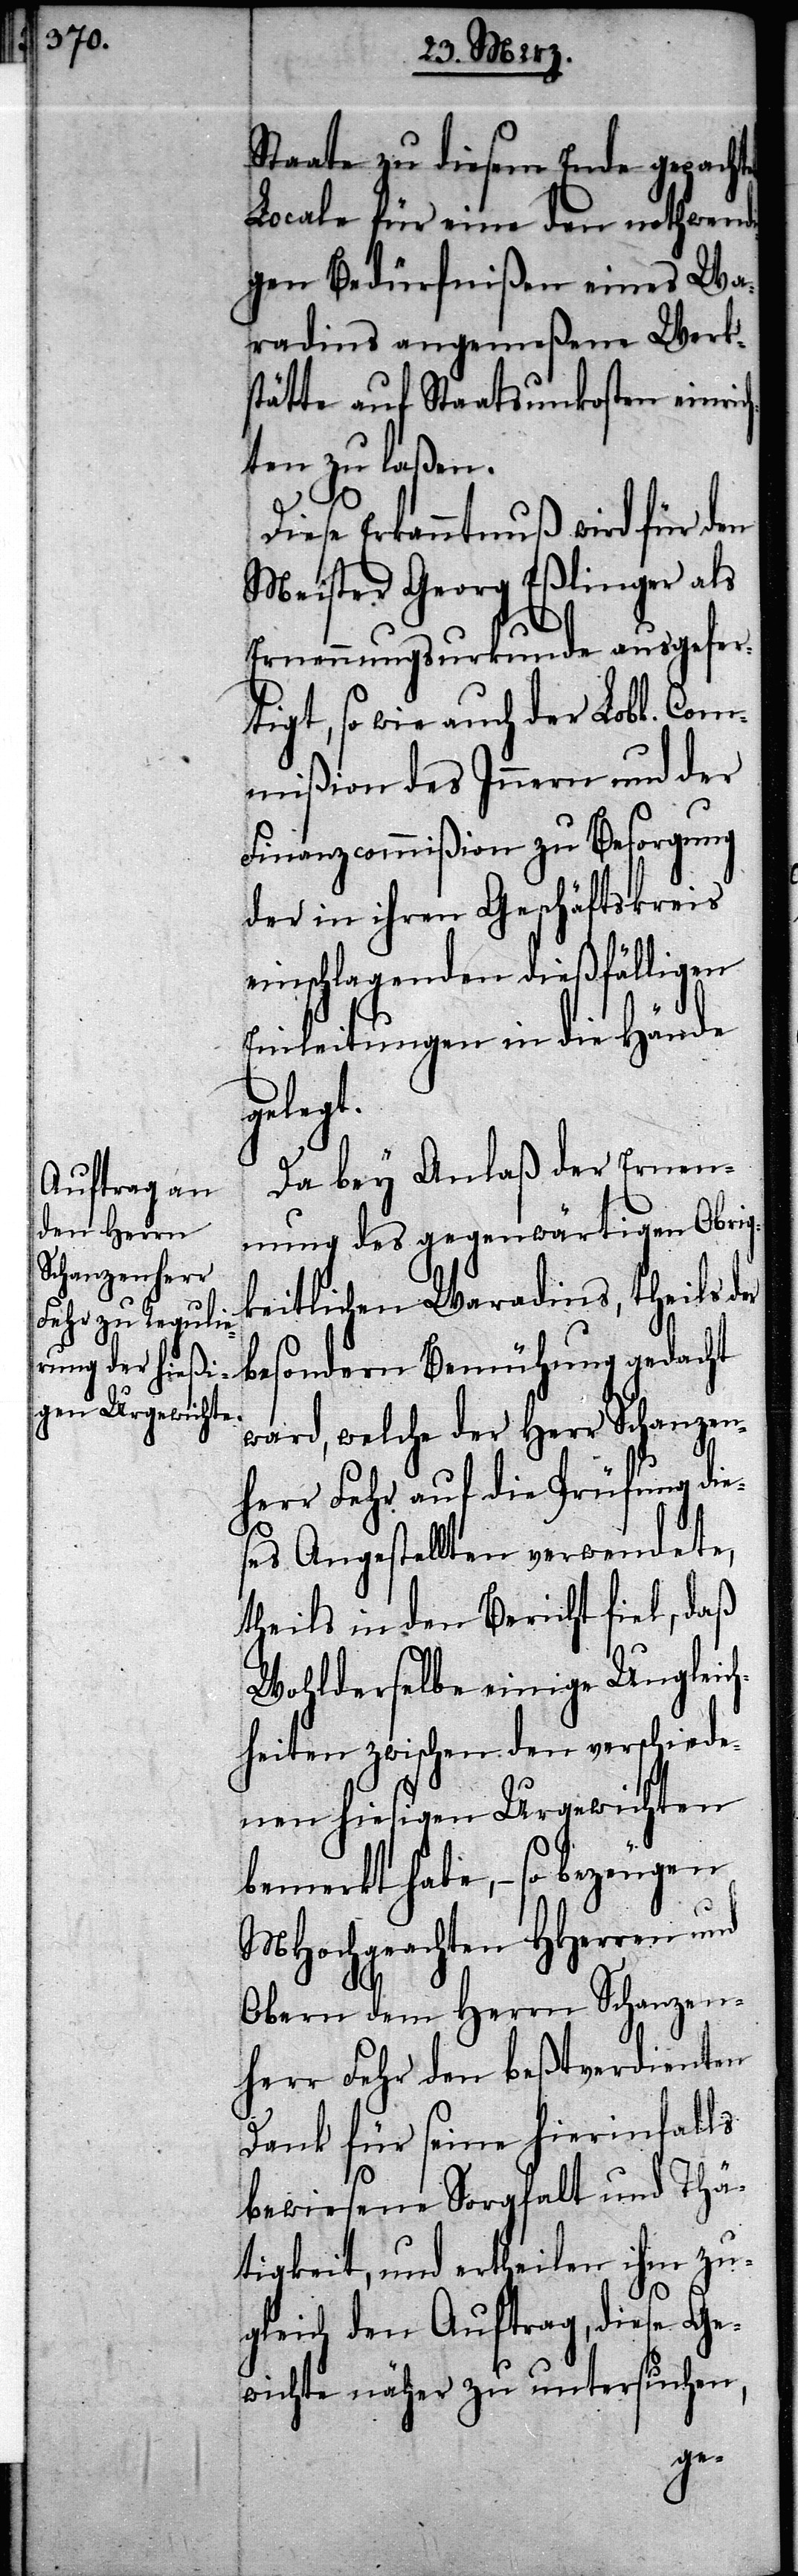
Staate zu diesem Ende gepacht¬
Locale für eine den nothwendi¬
gen Bedürfniße eines Wa¬
radins angemeßene Werk¬
stätte auf Staatsunkosten einric¬
hten zu laßen.
Diese Erkanntnuß wird für den
Meister Georg Eßlinger als
Ernennungsurkunde ausgefer¬
tigt, so wie auch der Lobl. Com¬
mißion des Innern und der
Finanzcommißion zu Besorgung
der in ihren Geschäftskreis
einschlagenden dießfälligen
Einleitungen in die Hände
gedacht
Da bey Anlaß der Ernen¬
nung des gegenwärtigen Obrig¬
keitlichen Waradins, theils der
ward, welche der Herr Schanzen¬
herr Fehr auf die Prüfung die¬
ses Angestellten verwendete,
theils in den Bericht fiel, daß
Wohlderselbe einige Ungleic¬
hheiten zwischen den verschiede¬
nen hiesigen Urgewichten
bemerkt habe, – so bezeugen
MHochgeachten HHerren und
Obern dem Herrn Schanzen¬
herr Fehr den beßtverdienten
Dank für seine hierinfalls
bewiesene Sorgfalt und Thä¬
tigkeit, und ertheilen ihm zu¬
gleich den Auftrag, diese Ge¬
wichte näher zu untersuchen,